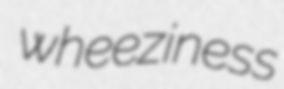
wheeziness